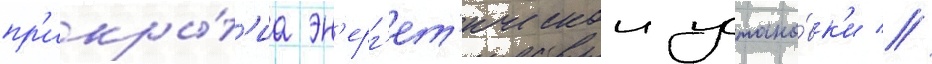
пр'икры́т'иа эн'ерг'ет'ическои устано́вк'и //